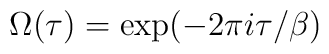
\Omega(\tau) = \exp(-2\pi i \tau/\beta)